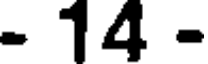
- 14 -